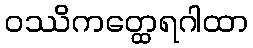
ဝဿိကတ္ထေရဂါထာ